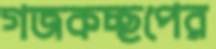
গজকচ্ছপের